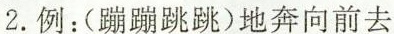
2.例：(蹦蹦跳跳)地奔向前去